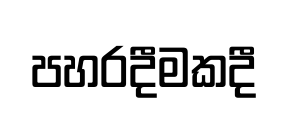
පහරදීමකදී